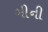
ગીની